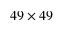
4 9 \times 4 9